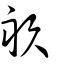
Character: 𠭇